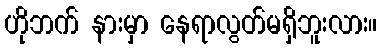
ဟိုဘက် နားမှာ နေရာလွတ်မရှိဘူးလား။